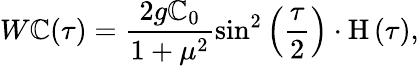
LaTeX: W\mathbb{C}(\tau)=\frac{{2g\mathbb{C}_{0}}}{{1+\mu^{2}}}\sin^{2}\left({\frac{{\tau}}{{2}}}\right)\cdot\mathrm{{H}}\left(\tau\right),